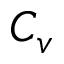
C _ { v }